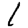
Digit: 1